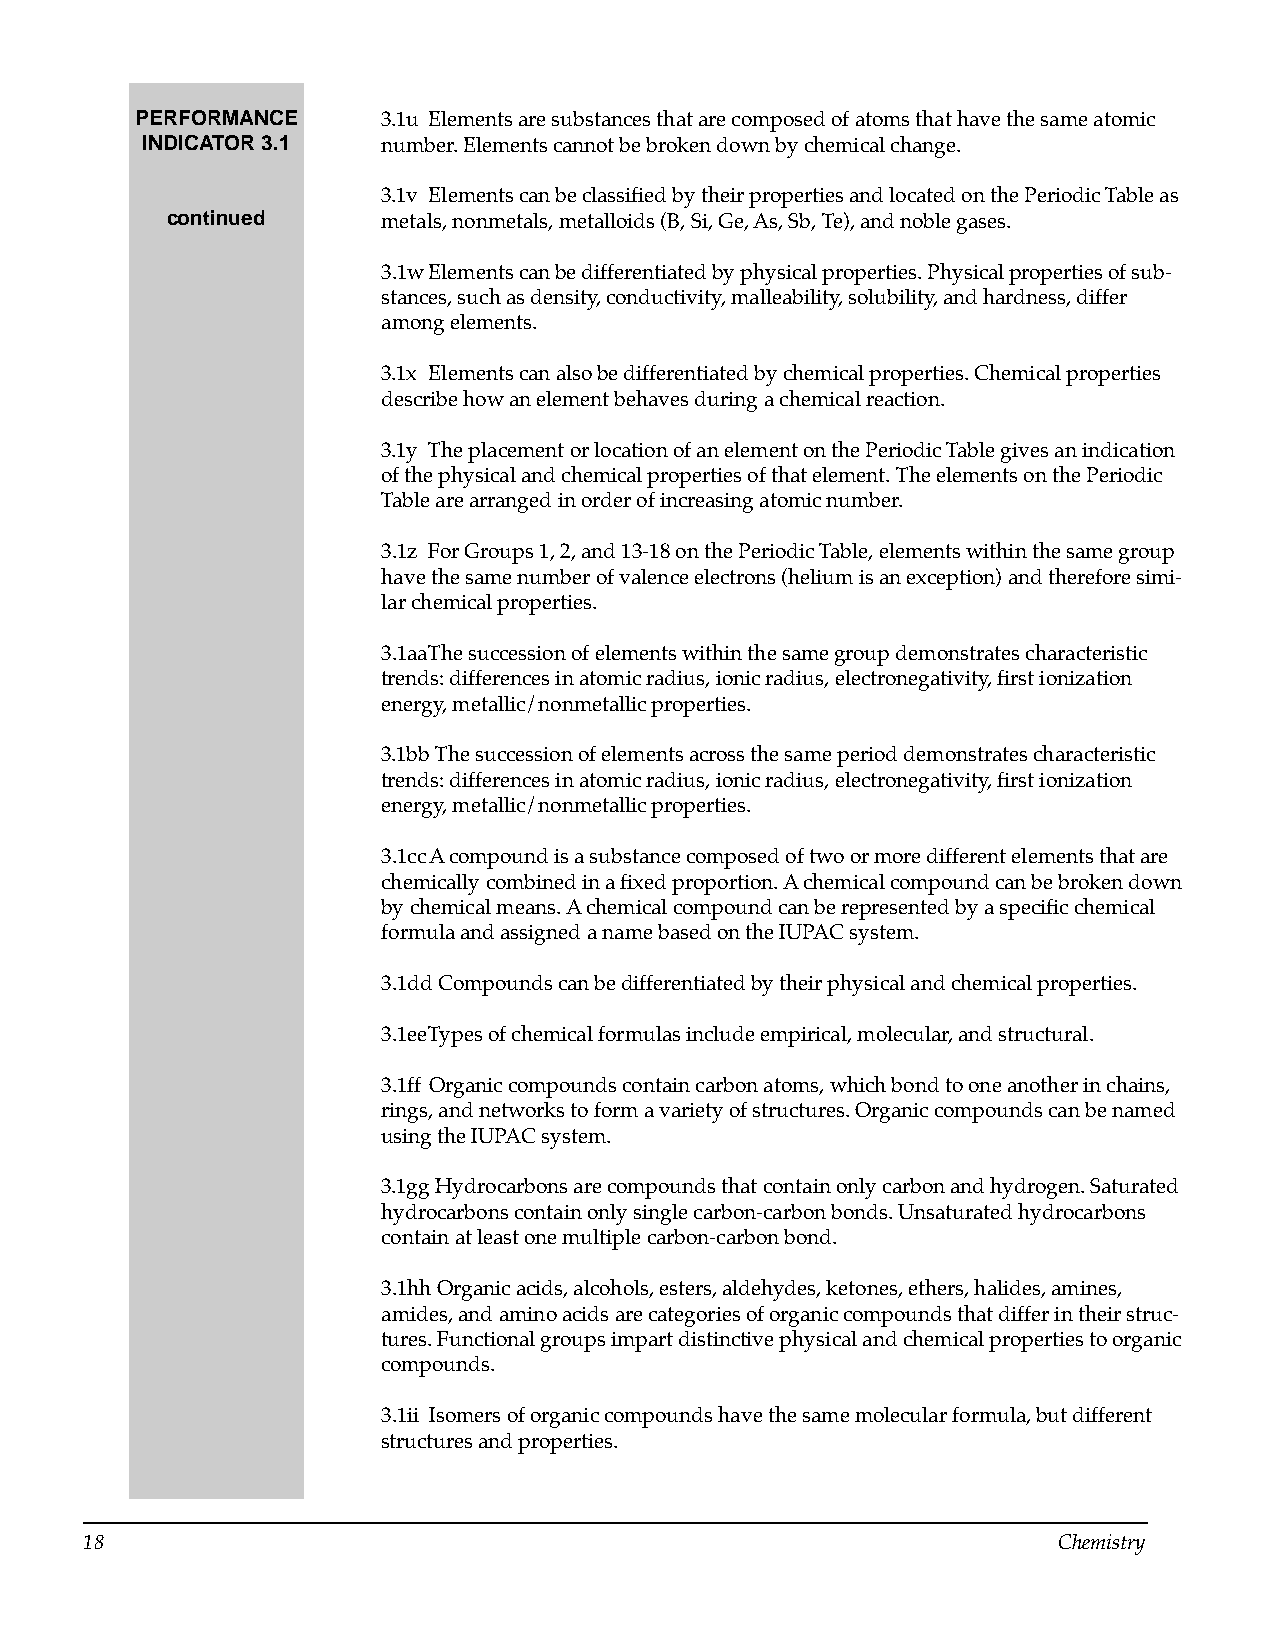
PERFORMANCE     3.1u Elements are substances that are composed of atoms that have the same atomic
 INDICATOR 3.1   number. Elements cannot be broken down by chemical change.
 3.1v Elements can be classified by their properties and located on the Periodic Table as
 continued     metals, nonmetals, metalloids (B, Si, Ge, As, Sb, Te), and noble gases.
 3.1w Elements can be differentiated by physical properties. Physical properties of sub­
 stances, such as density, conductivity, malleability, solubility, and hardness, differ
 among elements.
 3.1x Elements can also be differentiated by chemical properties. Chemical properties
 describe how an element behaves during a chemical reaction.
 3.1y The placement or location of an element on the Periodic Table gives an indication
 of the physical and chemical properties of that element. The elements on the Periodic
 Table are arranged in order of increasing atomic number.
 3.1z For Groups 1, 2, and 13-18 on the Periodic Table, elements within the same group
 have the same number of valence electrons (helium is an exception) and therefore simi­
 lar chemical properties.
 3.1aaThe succession of elements within the same group demonstrates characteristic
 trends: differences in atomic radius, ionic radius, electronegativity, first ionization
 energy, metallic/nonmetallic properties.
 3.1bb The succession of elements across the same period demonstrates characteristic
 trends: differences in atomic radius, ionic radius, electronegativity, first ionization
 energy, metallic/nonmetallic properties.
 3.1cc A compound is a substance composed of two or more different elements that are
 chemically combined in a fixed proportion. A chemical compound can be broken down
 by chemical means. A chemical compound can be represented by a specific chemical
 formula and assigned a name based on the IUPAC system.
 3.1dd Compounds can be differentiated by their physical and chemical properties.
 3.1eeTypes of chemical formulas include empirical, molecular, and structural.
 3.1ff Organic compounds contain carbon atoms, which bond to one another in chains,
 rings, and networks to form a variety of structures. Organic compounds can be named
 using the IUPAC system.
 3.1gg Hydrocarbons are compounds that contain only carbon and hydrogen. Saturated
 hydrocarbons contain only single carbon-carbon bonds. Unsaturated hydrocarbons
 contain at least one multiple carbon-carbon bond.
 3.1hh Organic acids, alcohols, esters, aldehydes, ketones, ethers, halides, amines,
 amides, and amino acids are categories of organic compounds that differ in their struc­
 tures. Functional groups impart distinctive physical and chemical properties to organic
 compounds.
 3.1ii Isomers of organic compounds have the same molecular formula, but different
 structures and properties.
 18                                                              Chemistry